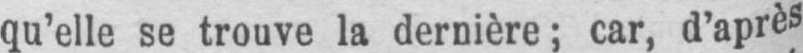
qu’elle se trouve la dernière; car, d’après